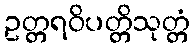
ဥတ္တရဝိပတ္တိသုတ္တံ